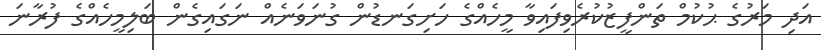
އަދި މަރުގެ ޙުކުމް ތަންފީޒުކުރެވިފައިވާ މީހެއްގެ ހަށިގަނޑުން ގުނަވަނެއް ނަގައިގެން ބަލިމީހެއްގެ ފުރާނަ